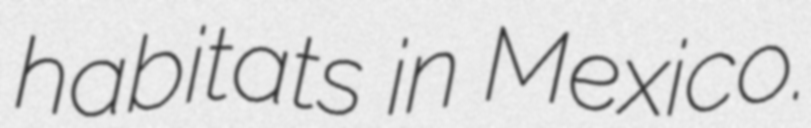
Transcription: habitats in Mexico.